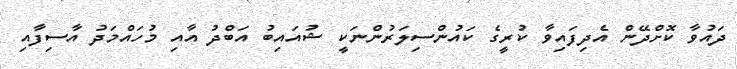
ދައުވާ ކޮށްދޭން އެދިފައިވާ ކުރީގެ ކައުންސިލަރުންނަކީ ޝުއައިބު އަބްދު އާއި މުހައްމަދު އާސިފާއި